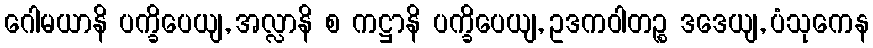
ဂေါမယာနိ ပက္ခိပေယျ, အလ္လာနိ စ ကဋ္ဌာနိ ပက္ခိပေယျ, ဥဒကဝါတဉ္စ ဒဒေယျ, ပံသုကေန